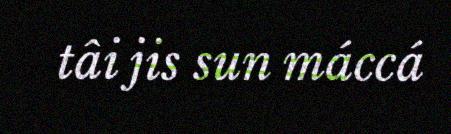
tâi jis sun máccá